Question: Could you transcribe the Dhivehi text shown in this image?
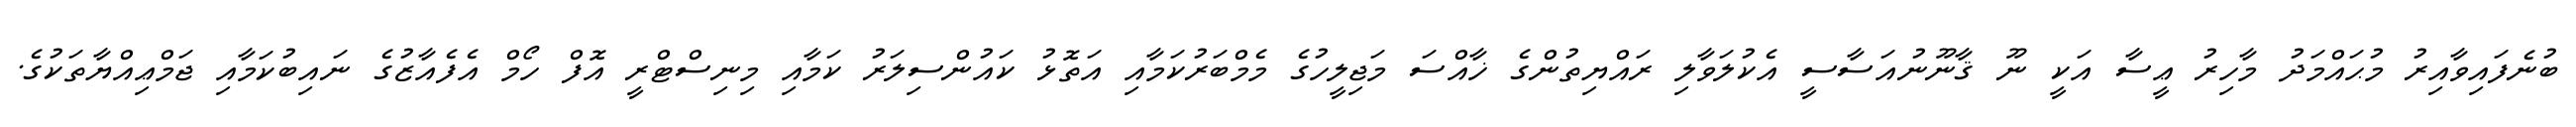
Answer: ބުނެފައިވާއިރު މުޙައްމަދު މާހިރު ޢީސާ އަކީ ނޫ ޤާނޫނުއަސާސީ އެކުލަވާލި ރައްޔިތުންގެ ޚާއްސަ މަޖިލީހުގެ މެމްބަރުކަމާއި އަތޮޅު ކައުންސިލަރު ކަމާއި މިނިސްޓްރީ އޮފް ހޯމް އެފެއާޒުގެ ނައިބުކަމާއި ޖަމްޢިއްޔާތަކުގެ.